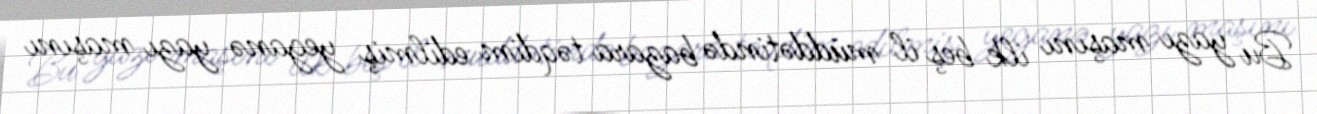
Bu yazı maşını ilk beş il müddətində bazara təqdim edilmiş yeganə yazı maşını